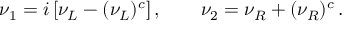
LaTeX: \nu _ { 1 } = i \, [ \nu _ { L } - ( \nu _ { L } ) ^ { c } ] \, , \qquad \nu _ { 2 } = \nu _ { R } + ( \nu _ { R } ) ^ { c } \, .